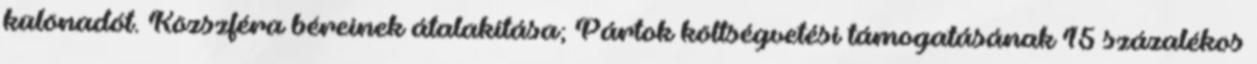
különadót. Közszféra béreinek átalakítása; Pártok költségvetési támogatásának 15 százalékos